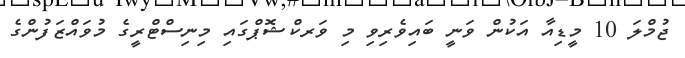
ޖުމްލަ 10 މީޑިއާ އަކުން ވަނީ ބައިވެރިވި މި ވަރކްޝޮޕްގައި މިނިސްޓްރީގެ މުވައްޒަފުންގެ